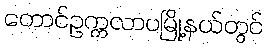
တောင်ဥက္ကလာပမြို့နယ်တွင်